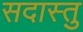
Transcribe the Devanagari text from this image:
सदास्तु